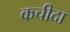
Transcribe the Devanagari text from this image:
कचीदा